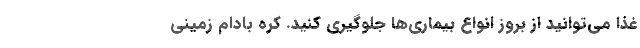
غذا می‌توانید از بروز انواع بیماری‌ها جلوگیری کنید. کره بادام‌ زمینی